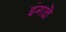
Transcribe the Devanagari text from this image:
इंगळॆ